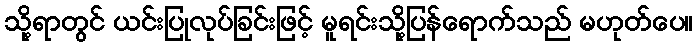
သို့ရာတွင် ယင်းပြုလုပ်ခြင်းဖြင့် မူရင်းသို့ပြန်ရောက်သည် မဟုတ်ပေ။